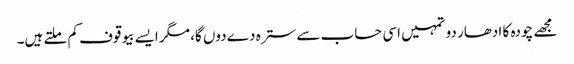
مجھے چودہ کا ادھار دو تمہیں اسی حساب سے سترہ دے دوں گا، مگر ایسے بیوقوف کم ملتے ہیں۔